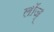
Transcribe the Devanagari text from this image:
लॉज्